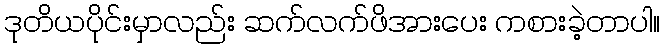
ဒုတိယပိုင်းမှာလည်း ဆက်လက်ဖိအားပေး ကစားခဲ့တာပါ။